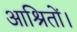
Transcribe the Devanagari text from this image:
आश्रितों।